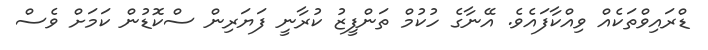
ޑްރައިވްތަކެއް ވިއްކާފައެވެ. އޭނާގެ ހުކުމް ތަންފީޒު ކުރާނީ ފަޔަރިން ސްކޮޑުން ކަމަށް ވެސް